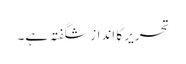
تحریر کا انداز شگفتہ ہے۔